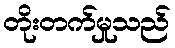
တိုးတက်မှုသည်